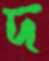
দ